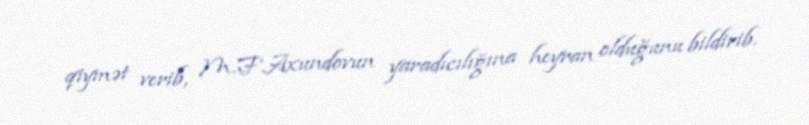
qiymət verib, M.F.Axundovun yaradıcılığına heyran olduğunu bildirib.